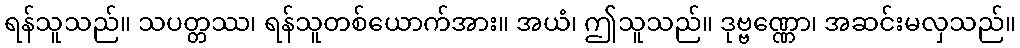
ရန်သူသည်။ သပတ္တဿ၊ ရန်သူတစ်ယောက်အား။ အယံ၊ ဤသူသည်။ ဒုဗ္ဗဏ္ဏော၊ အဆင်းမလှသည်။